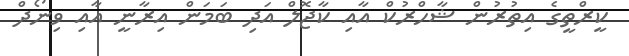
ކީރްތީގެ އިތުރުން ޝާހްރުކް އާއި ކާޖޮލް އަދި ބަމަން އިރާނީ އާއި ވިނޯދް